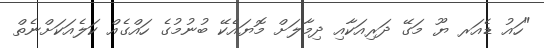
"ހައު ޑެއަރ ޔޫ މަގޭ ދަރިއަކާއި ދިމާލަށް މޮޔައެކޭ ބުނުމުގެ ހައްގެއް ކަލެއަކަށްނެތް